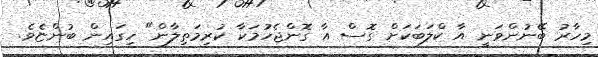
މިހާރު ބޭނުންވަނީ އާ ކްލަބަކަށް ގޮސް އާ ގޮންޖެހުމަކާ ކުރިމަތިލާން" ހިގައިން ބުންޏެވެ.